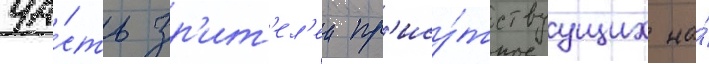
ча́сть зр'ит'ел'еи пр'ису́тствуущих на́